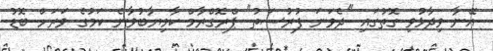
އޭނާ ވިދާޅުވި ގޮތުގައި "ދެވަނަ ފުރުސަތު" ޕްރޮގްރާމް ކާމިޔާބުވާނެ ކަމުގެ ވަރަށް ބޮޑު